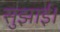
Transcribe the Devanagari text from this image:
सुझाई।